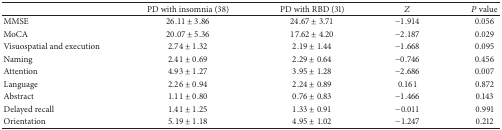
<table><thead><tr><td><b> </b></td><td><b>PD with insomnia (38)</b></td><td><b>PD with RBD (31)</b></td><td><b><i>Z</i></b></td><td><b><i>P</i> value</b></td></tr></thead><tbody><tr><td>MMSE</td><td>26.11 ± 3.86</td><td>24.67 ± 3.71</td><td>−1.914</td><td>0.056</td></tr><tr><td>MoCA</td><td>20.07 ± 5.36</td><td>17.62 ± 4.20</td><td>−2.187</td><td>0.029</td></tr><tr><td>Visuospatial and execution</td><td>2.74 ± 1.32</td><td>2.19 ± 1.44</td><td>−1.668</td><td>0.095</td></tr><tr><td>Naming</td><td>2.41 ± 0.69</td><td>2.29 ± 0.64</td><td>−0.746</td><td>0.456</td></tr><tr><td>Attention</td><td>4.93 ± 1.27</td><td>3.95 ± 1.28</td><td>−2.686</td><td>0.007</td></tr><tr><td>Language</td><td>2.26 ± 0.94</td><td>2.24 ± 0.89</td><td>0.161</td><td>0.872</td></tr><tr><td>Abstract</td><td>1.11 ± 0.80</td><td>0.76 ± 0.83</td><td>−1.466</td><td>0.143</td></tr><tr><td>Delayed recall</td><td>1.41 ± 1.25</td><td>1.33 ± 0.91</td><td>−0.011</td><td>0.991</td></tr><tr><td>Orientation</td><td>5.19 ± 1.18</td><td>4.95 ± 1.02</td><td>−1.247</td><td>0.212</td></tr></tbody></table>